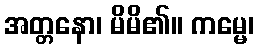
အတ္တနော၊ မိမိ၏။ ကမ္မေ၊